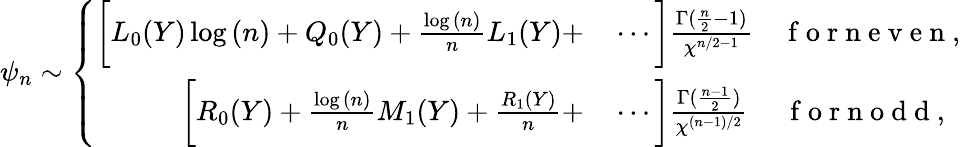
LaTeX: \psi_{n}\sim\left\{ \begin{array}{rl}{\bigg[L_{0}(Y)\log{(n)}+Q_{0}(Y)+\frac{\log{(n)}}{n}L_{1}(Y)+}&{{}\cdots\bigg]\frac{\Gamma(\frac{n}{2}-1)}{\chi^{n/2-1}}\quad\mathrm{~f~o~r~n~e~v~e~n~},}\\ {\bigg[R_{0}(Y)+\frac{\log{(n)}}{n}M_{1}(Y)+\frac{R_{1}(Y)}{n}+}&{{}\cdots\bigg]\frac{\Gamma(\frac{n-1}{2})}{\chi^{(n-1)/2}}\quad~\mathrm{~f~o~r~n~o~d~d~},}\end{array}\right.